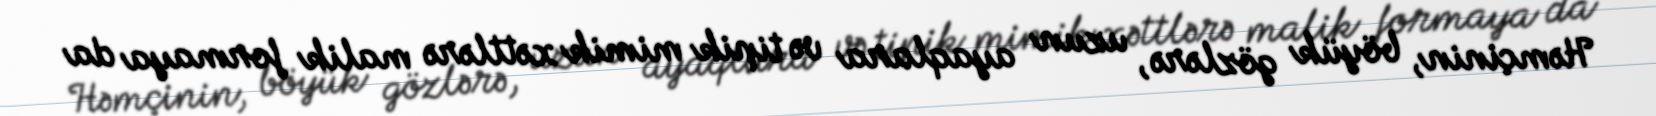
Həmçinin, böyük gözlərə, uzun ayaqlara və tipik mimik xəttlərə malik formaya da